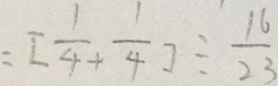
= [ \frac { 1 } { 4 } + \frac { 1 } { 4 } ] \div \frac { 1 6 } { 2 3 }